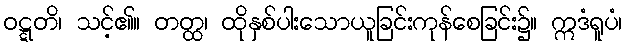
ဝဋ္ဋတိ၊ သင့်၏။ တတ္ထ၊ ထိုနှစ်ပါးသောယူခြင်းကုန်စေခြင်း၌။ ဣဒံရူပံ၊